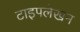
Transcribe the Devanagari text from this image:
टाइपलेखन